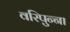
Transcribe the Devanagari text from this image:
वरिपुन्‍ना